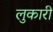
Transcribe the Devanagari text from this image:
लुकारी